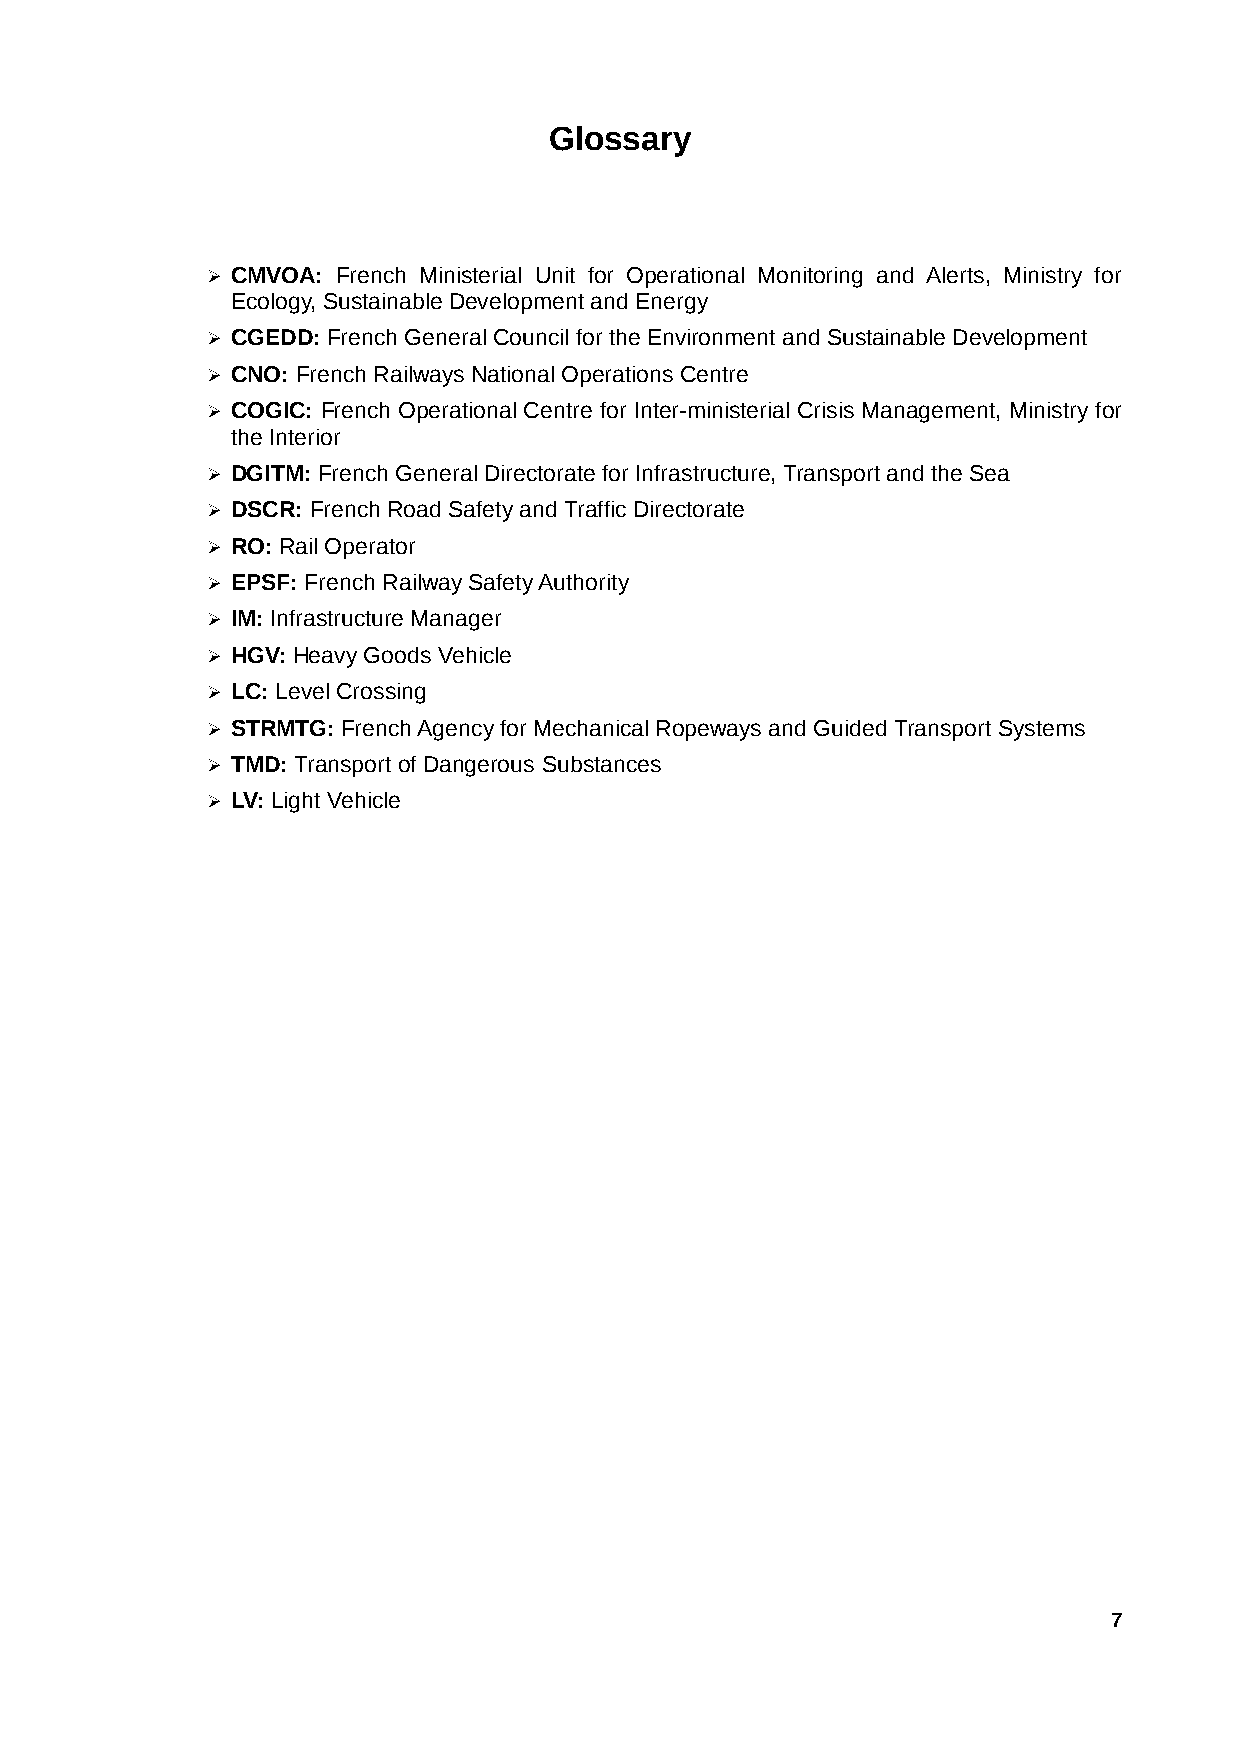
Glossary
 ➢ CMVOA: French Ministerial Unit for Operational Monitoring and Alerts, Ministry for
 Ecology, Sustainable Development and Energy
 ➢ CGEDD: French General Council for the Environment and Sustainable Development
 ➢ CNO: French Railways National Operations Centre
 ➢ COGIC: French Operational Centre for Inter-ministerial Crisis Management, Ministry for
 the Interior
 ➢ DGITM: French General Directorate for Infrastructure, Transport and the Sea
 ➢ DSCR: French Road Safety and Traffic Directorate
 ➢ RO: Rail Operator
 ➢ EPSF: French Railway Safety Authority
 ➢ IM: Infrastructure Manager
 ➢ HGV: Heavy Goods Vehicle
 ➢ LC: Level Crossing
 ➢ STRMTG: French Agency for Mechanical Ropeways and Guided Transport Systems
 ➢ TMD: Transport of Dangerous Substances
 ➢ LV: Light Vehicle
 7